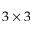
3 \times 3